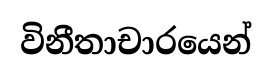
විනීතාචාරයෙන්